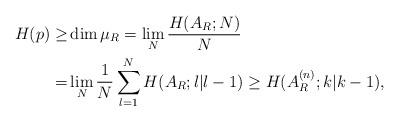
LaTeX: \begin{align*}H(p)\ge& \dim\mu_R=\lim_N\frac{H(A_{R};N)}{N}\\=&\lim_N\frac{1}{N}\sum_{l=1}^{N}H(A_{R};l| l-1)\ge H(A_{R}^{(n)};k|k-1),\end{align*}